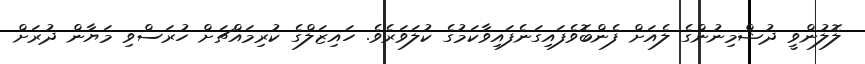
ލޮލުންވީ ދުޝްމިނުންގެ ލެއަށް ފެންބޮވެފައިގަނެފައިވާކަމުގެ ކުލަވަރެވެ. ހައިޒަލްގެ ކުރިމައްޗަށް ހުރަސްވި މަޔާން ދުރަށް